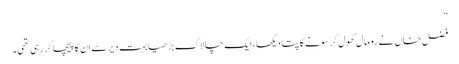
”
فضل خاں نے رومال کھول کر سونے کا پتا دیکھا، ایک چالاک بڑھیا بہت دیر سے ان کا پیچھا کر رہی تھی۔